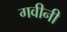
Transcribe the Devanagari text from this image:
गवीनी